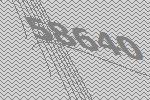
58640